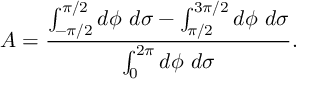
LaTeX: A = \frac { \int _ { - \pi / 2 } ^ { \pi / 2 } d \phi ~ d \sigma - \int _ { \pi / 2 } ^ { 3 \pi / 2 } d \phi ~ d \sigma } { \int _ { 0 } ^ { 2 \pi } d \phi ~ d \sigma } .